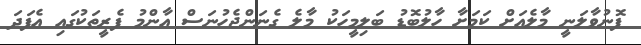
ފޮނުވާލަނީ މާލެއަށް ކަމަށާ ހާލުބޮޑު ބަލިމީހަކު މާލެ ގެނަންޖެހުނަސް އާންމު ފެރީތަކުގައި އެފަދަ